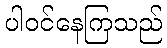
ပါဝင်နေကြသည်